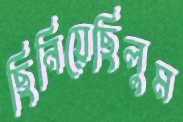
ছিনিয়েছিলুম